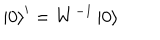
LaTeX: \left| 0 \right> ^ { \prime } = W ^ { - 1 } \left| 0 \right>